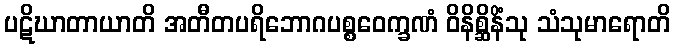
ပဋိဃာတာယာတိ အတီတပရိဘောဂပစ္စဝေက္ခဏံ ဝိနိစ္ဆိနိံသု သံသုမာရောတိ